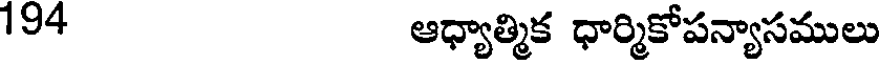
194 ఆధ్యాత్మిక ధార్మికోపన్యాసములు